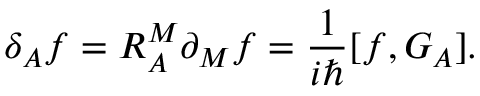
\delta _ { A } f = R _ { A } ^ { M } \partial _ { M } f = \frac { 1 } { i \hbar } [ f , G _ { A } ] .